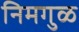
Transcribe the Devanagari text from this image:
निमगुळ